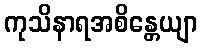
ကုသိနာရအစိန္တေယျာ